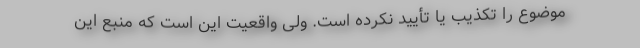
موضوع را تکذیب یا تأیید نکرده است. ولی واقعیت این است که منبع این